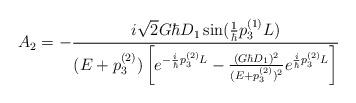
LaTeX: \begin{align*} A_2=-\frac{i\sqrt{2}G\hbar D_1\sin(\frac{1}{\hbar}p_3^{(1)}L)} {(E+p_3^{(2)})\left[ e^{-\frac{i}{\hbar}p_3^{(2)}L}-\frac{(G\hbar D_1)^2}{(E+p_3^{(2)})^2} e^{\frac{i}{\hbar}p_3^{(2)}L}\right]}\end{align*}